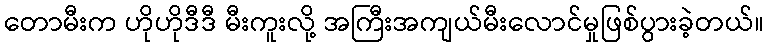
တောမီးက ဟိုဟိုဒီဒီ မီးကူးလို့ အကြီးအကျယ်မီးလောင်မှုဖြစ်ပွားခဲ့တယ်။